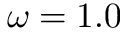
\omega = 1 . 0